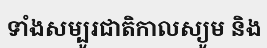
ទាំងសម្បូរជាតិកាលស្យូម និង